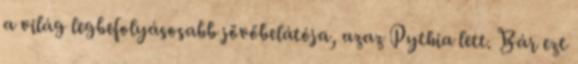
a világ legbefolyásosabb jövőbelátója, azaz Pythia lett. Bár ezt